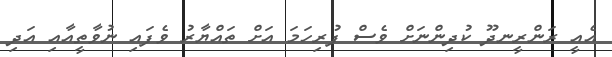
އެއީ ރަންރީނދޫ ކުދިންނަށް ވެސް ފުރިހަމަ އަށް ތައްޔާރު ވެފައި ނުވާތީއާއި އަދި